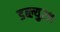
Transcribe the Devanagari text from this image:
डब्ल्यु२११